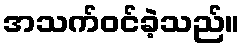
အသက်ဝင်ခဲ့သည်။